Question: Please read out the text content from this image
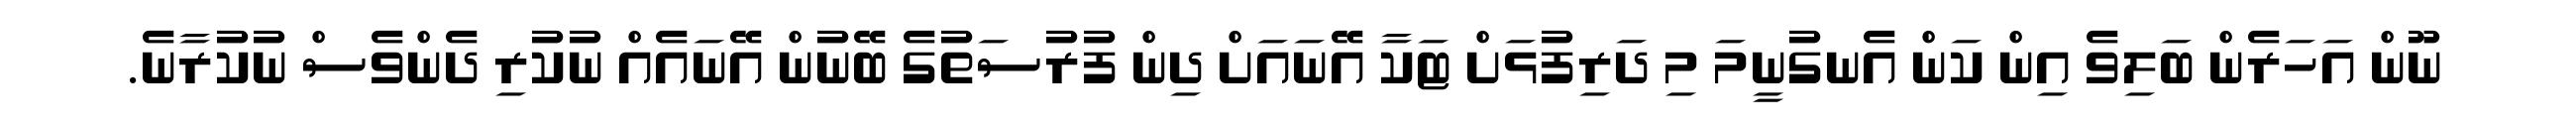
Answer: ނޫން އަހަރެން ބަލިވެ އިން ކަން އެނގުނީމަ މި ދަރިފުޅަށް ޓަކާ އޭނައަށް ދިން ފުރުސަތުގެ ބޭނުން އޭނައެއް ނުކުރި ދެންވެސް ނުކުރާނެ.